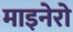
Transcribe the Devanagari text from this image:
माइनेरो